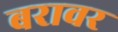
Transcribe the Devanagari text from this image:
बरावर